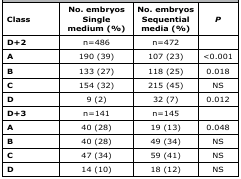
<table><thead><tr><td><b>Class</b></td><td><b>No. embryos Single medium (%)</b></td><td><b>No. embryos Sequential media (%)</b></td><td><b><i>p</i></b></td></tr></thead><tbody><tr><td><b>D+2 </b></td><td>n=486</td><td>n=472</td><td> </td></tr><tr><td><b>A</b></td><td>190 (39)</td><td>107 (23)</td><td>&lt;0.001</td></tr><tr><td><b>B</b></td><td>133 (27)</td><td>118 (25)</td><td>0.018</td></tr><tr><td><b>C</b></td><td>154 (32)</td><td>215 (45)</td><td>NS</td></tr><tr><td><b>D</b></td><td>9 (2)</td><td>32 (7)</td><td>0.012</td></tr><tr><td><b>D+3</b></td><td>n=141</td><td>n=145</td><td> </td></tr><tr><td><b>A</b></td><td>40 (28)</td><td>19 (13)</td><td>0.048</td></tr><tr><td><b>B</b></td><td>40 (28)</td><td>49 (34)</td><td>NS</td></tr><tr><td><b>C</b></td><td>47 (34)</td><td>59 (41)</td><td>NS</td></tr><tr><td><b>D</b></td><td>14 (10)</td><td>18 (12)</td><td>NS</td></tr></tbody></table>